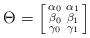
LaTeX: \begin{align*}\Theta = \left[\begin{smallmatrix} \alpha_0 & \alpha_1 \\ \beta_0& \beta_1 \\ \gamma_0 & \gamma_1 \end{smallmatrix}\right]\end{align*}